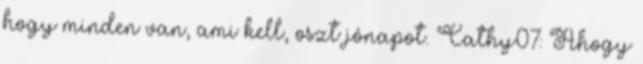
hogy minden van, ami kell, oszt jónapot. Cathy07: Ahogy